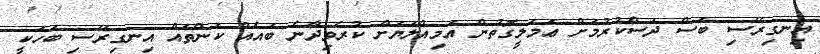
އިނގިރޭސި ބަސް ދަސްކުރުމަށް ޢަމަލީގޮތުން އަމިއްލަޔަށް ކުރެވިދާނެ ބައެއް ކަންތައް އިނގިރޭސި ބަހަކީ